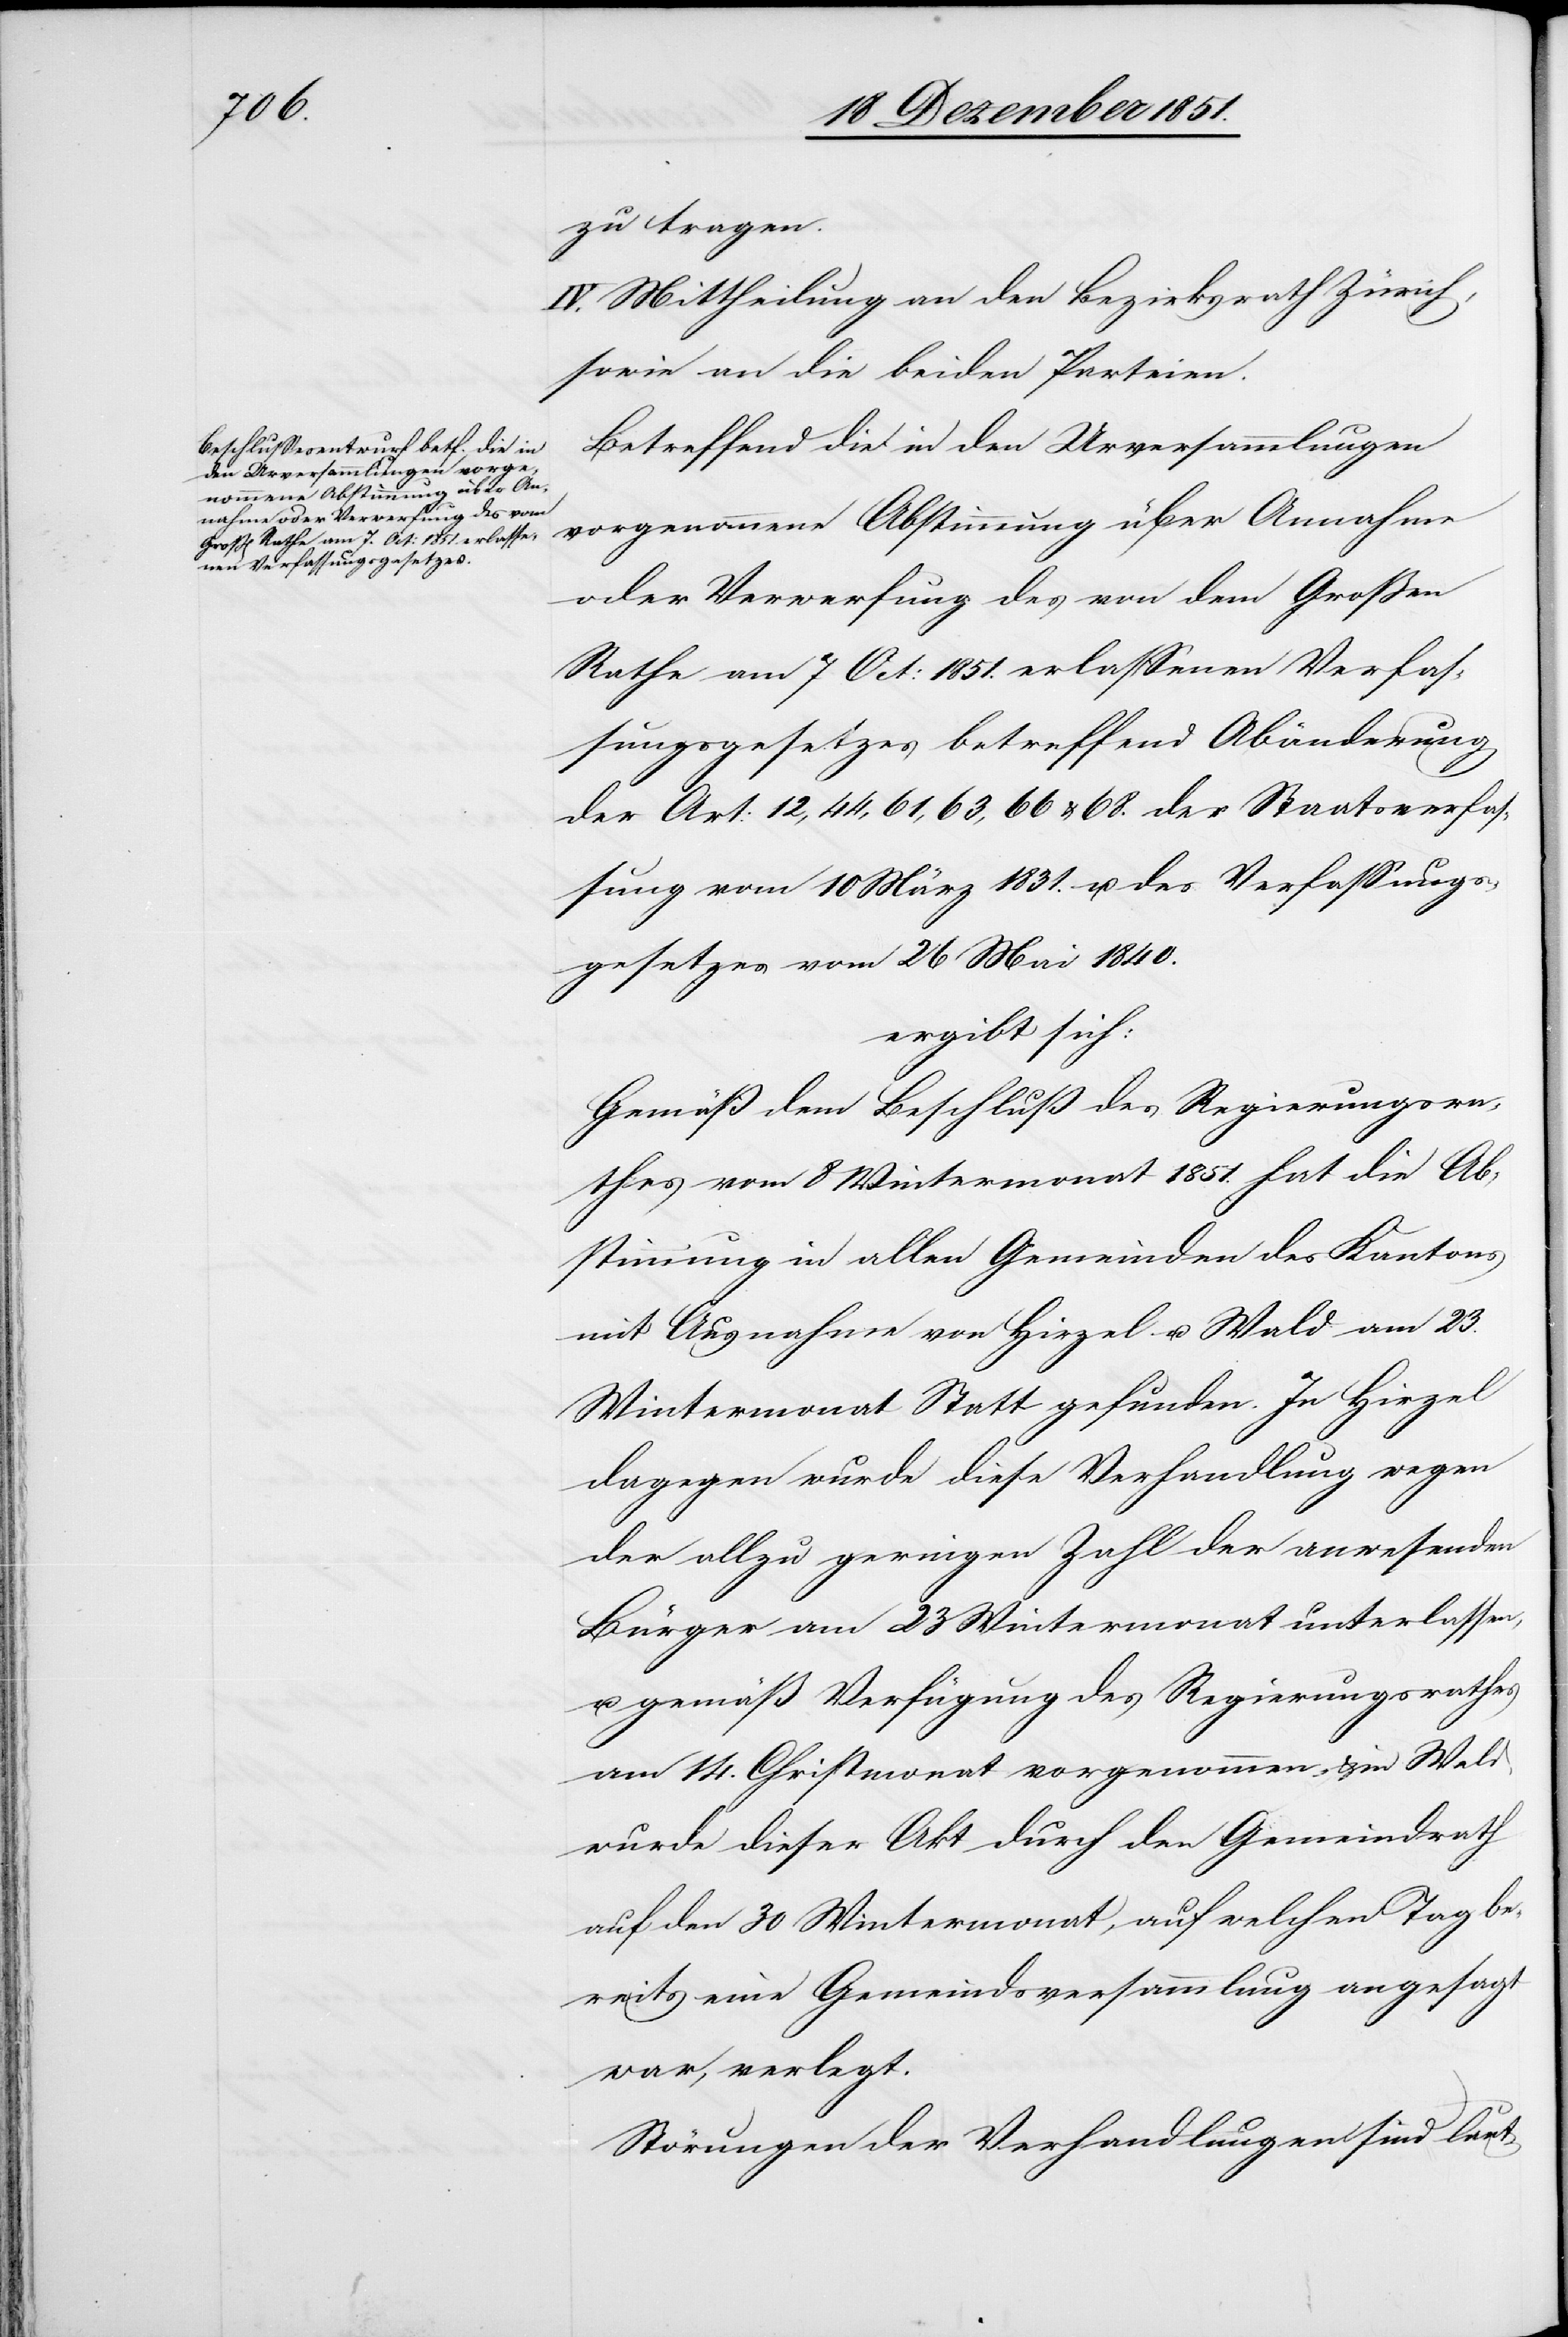
zu tragen.
IV. Mittheilung an den Bezirksrath Zürich,
sowie an die beiden Parteien.
Betreffend die in den Urversammlungen
vorgenommene Abstimmung über Annahme
oder Verwerfung des von dem Großen
Rathe am 7 Oct: 1851. erlassenen Verfas¬
sungsgesetzes betreffend Abänderung
der Art: 12, 44, 61, 63, 66 & 68. der Staatsverfas¬
sung vom 10 März 1831. u. des Verfassungs¬
gesetzes vom 26 Mai 1840.
ergibt sich:
Gemäß dem Beschluß des Regierungsra¬
thes vom 8 Wintermonat 1851. hat die Ab¬
stimmung in allen Gemeinden des Kantons
mit Ausnahme von Hirzel u. Wald am 23.
Wintermonat Statt gefunden. In Hirzel
dagegen wurde diese Verhandlung wegen
der allzu geringen Zahl der anwesenden
Bürger am 23 Wintermonat unterlassen,
u. gemäß Verfügung des Regierungsrathes
am 14. Christmonat vorgenommen & in Wald
wurde dieser Akt durch den Gemeindrath
auf den 30 Wintermonat, auf welchen Tag be¬
reits eine Gemeindsversammlung angesagt
war, verlegt.
Störungen der Verhandlungen sind laut